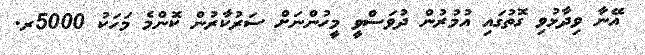
އޭނާ ވިދާޅުވި ގޮތުގައި އުމުރުން ދުވަސްވީ މީހުންނަށް ސަރުކާރުން ކޮންމެ މަހަކު 5000ރ.